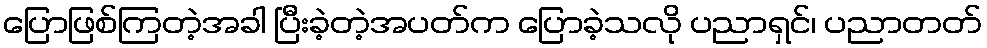
ပြောဖြစ်ကြတဲ့အခါ ပြီးခဲ့တဲ့အပတ်က ပြောခဲ့သလို ပညာရှင်၊ ပညာတတ်